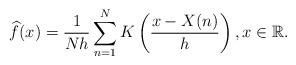
LaTeX: \begin{align*}\widehat{f}(x)= \frac{1}{Nh}\sum_{n=1}^N K\left( \frac{x-X(n)}{h}\right), x\in \mathbb{R}.\end{align*}